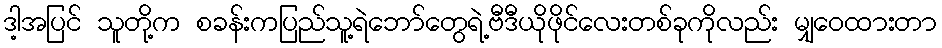
ဒါ့အပြင် သူတို့က စခန်းကပြည်သူ့ရဲဘော်တွေရဲ့ဗီဒီယိုဖိုင်လေးတစ်ခုကိုလည်း မျှဝေထားတာ